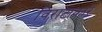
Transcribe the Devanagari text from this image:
विराटाकार